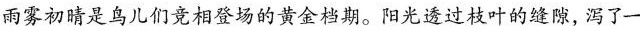
雨雾初睛是鸟儿们竞相登场的黄金档期。阳光透过枝叶的缝隙，泻了一